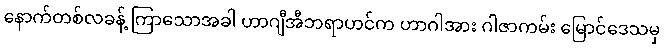
နောက်တစ်လခန့် ကြာသောအခါ ဟာဂျီအီဘရာဟင်က ဟာဂါအား ဂါဇာကမ်း မြောင်ဒေသမှ